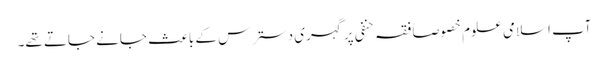
آپ اسلامی علوم خصوصاً فقہ حنفی پر گہری دسترس کے باعث جانے جاتے تھے۔